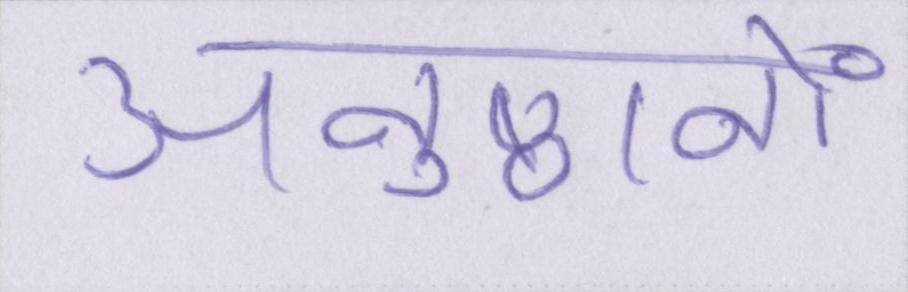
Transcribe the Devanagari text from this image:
अनुष्ठानों